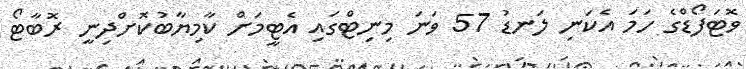
ވޮޓަފޯޑްގެ ހަމަ އެކަނި ލަނޑު 57 ވަނަ މިނިޓްގައި އެޓީމަށް ކާމިޔާބުކޮށްދިނީ ރޮބާޓޯ